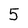
Character: 5